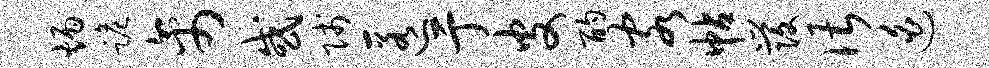
炳跪禽或贱匿亍皮酌客帖发谌迫